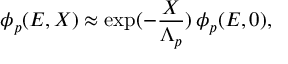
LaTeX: \phi _ { p } ( E , X ) \approx \exp ( - \frac { X } { \Lambda _ { p } } ) \, \phi _ { p } ( E , 0 ) ,